Report of the Hyderabad Chloroform Commission
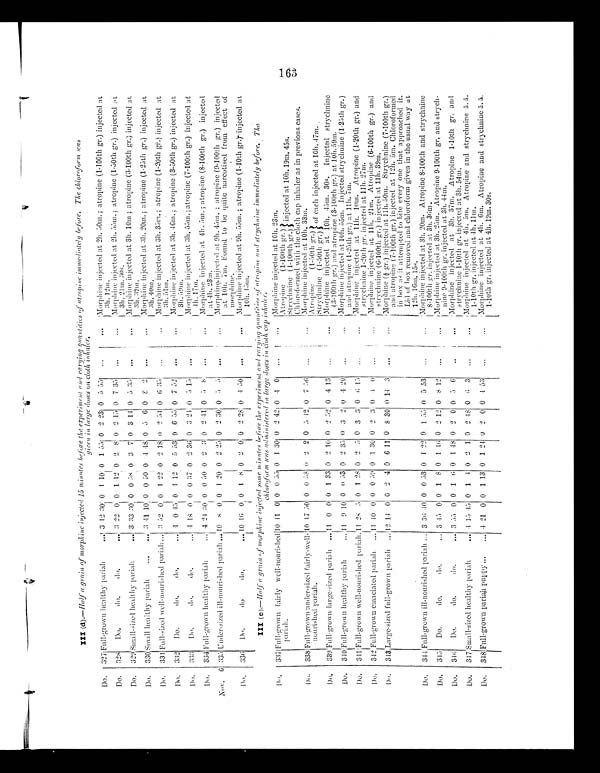
III (d).—Half a grain of morphine injected 15 minutes before the experiment and rarying quantities of atropine immediately before. The chloroform was
given in large doses on cloth inhaler.
Do.
327 Full-grown healthy pariah . . .
3 12 30 0 1 10 0 1 55 0 2 23 0 5 55
. . .
. . .
Morphine injected at 2h. 50m.; atropine (1-100th gr.) injected at
3h. 12m.
Do.
328
Do.
do.
do. . . .
3 22
0 0 1 12 0 2 8 0 2 15 0 7 35
. . .
. . .
Morphine injected at 2h. 55m.; atropine (1-50th gr.) injected at
3h. 2lm. 30s.
Do. 329 Small-sized healthy pariah . . .
3 33 30 0 0 58 0 3 7 0 3 14 0 5 35
. . .
. . .
Morphine injected at 3h. 10m ; atropine (3-100th gr.) injected at
3h. 32m.
Do.
330 small healthy pariah . . .
3 41 10 0 0 50 0 4 48 0 5 6 0 8
2
. . .
. . .
Morphine injected at 3h. 20m.; atropine (1-25th gr.) injected a
3h. 40m.
Do.
331 Full-sized well-nourished pariah . . .
3 52 0 0 1 22 0 2 18 0 2 54 0 6 35
. . . . . .
Morphine injected at 3h. 35m.; atropine (1-20th gr.) injected at
3h. 51m.
Do.
332
Do.
do.
do.
. . . 1 0 45 0 1 12 0 5 53 0 6 55 0 7 52
. . .
. . .
Morphine injected at 3h.46m. ; atropine (3-50th gr.) injected at
3h. 59m.
Do.
333
Do.
do.
do.
. . .
4 18 0 0 0 37 0 2 36 0 3 24 0 5 15
. . . . . .
Morphine injected at 3h. 55m.; atropine (7-100th gr.) injected at
4th. 17m.
Do.
334 Full-grown healthy pariah . . .
4 24 30 0 0 50 0 2 3 0 2 41 0 5 8
. . .
. . .
Morphine injected at 4h. 5m. ; atropine (8-100th gr.) injected
at 4h. 23m.
Nov. 6 335 Under-sized ill-nourished pariah . . . 10 8 0 0
1
20 0 2 25 0 2 30 0 5 5
. . .
. . .
Morphine injected at 9h. 45m. ; atropine (9-100th gr.) injected
at 10h. 7m. Found to be quite narcotised from effect of
morphine.
Do.
336
Do.
do. do. . . .
10 16 0 0 1 8 0 2 0 0 2 28 0 4 50
. . .
. . .
Morphine injected at 9h. 55m. ; atropine (1-10th gr.) injected at
10h. 15m.
III (e).—Half a grain of morphine injected some minutes before the experiment dnd rarying quantities of atropine dnd strychine immediatly before. The
c h l o r o f o r m w a s a d m i n i s t e r e d i n l a r g e d o s e s i n c l o t h c a p i n h a l e r .
Do.
337 Full-grown fairly well-nourished
pariah. . .
10 11 0 0 0 55 0 1 30 0 2 42 0 4
0
. . . . . .
Morphine injected at 10h. 23m.
Atropine (1-100th gr. )
Strychnine (1-100th gr.)
Chloroformed with the cloth
injected at 10h.19m. 45s.
cap inhaler as in previous cases.
Do.
338 Full-grown under-sized fairly-well-
nourished pariah. . .
10
17 50 0 0 58 0 2 2 0 5 42 0 7 56
. . .
. . .
Morphine injected at 10h. 33m.
Atropine (1-50th gr.)
'
Strychnine (1-50th gr.)
of each injected at 10h.47m.
Do.
339 Full-grown large-sized pariah . . .
11 0 0 0 1 33 0 2 10 0 2 52 0 4 13
. . .
. . .
Morphine injected at 10h. 45m. 30s. Injected strychnine
(3-100th gr.) and atropine (3-100th gr.) at 10h. 59m.
Do. 340
Full-grown healthy pariah . . .
11 9 10 0 0 53 0 2 35 0 3 2 0 4 20
. . . . . .
Morphine injected at 10h. 55m. Injected strychnine (1-25th gr.)
and atropine (1-25th gr.) at 11h. 7m.
Do. 341
Full-grown well-nourished pariah. . .
11 28 5 0 1 25 0 2 5 0 3 11 0 0 15
. . .
. . .
Morphine injected at 11h. 10m. Atropine (1-20th gr.) and
strychnine 1-20th gr. injected at 11h. 27m.
Do. 342 Full-grown emaciated paria
h . . .
11 10 0 0 0 59 0 1 30 0 2 3 0 1 0
. . .
Morphine injected at 11h. 21m. Atropine (6-100th gr.) and
strychnine (6-100th gr.) injected at 11h. 39m.
Do.
343 Large-sized full-grown pariah . . .
12 14 0 0 2 4 0 6 11 0 8 30 0 14 3
. . .
. . .
Morphine (½ gr.) injected at 11h. 50m. Strychnine (7-100th gr.)
and atropine (7-100th gr.) injected at 12h. 5m. Chloroformed
in box as it attempted to bite every one that approached it.
Lid of box removed and chloroform given in the usual way at
12h. 16m. 15s.
Do. 344 Full-grown ill-nourished pariah . . .
3 36 40 0 0 53 0 1 22 0 1 55 0 5 53
. . . . . .
Morphine injected at 3h. 20m. Atropine 8-100th and strychnine
8-100th gr. injected at 3h. 36m.
Do.
345
Do.
do.
do. . . .
3 45 0 0 1 8 0 1 46 0 2 12 0 8 12
. . . . . .
Morphine injected at 3h. 25m. Atropine 9-100th gr, and strych-
nine 9-100th gr. injected at 3h. 44m.
Do.
346
Do.
do.
do.
. . . 3 55
0 0 1 6 0 1 48 0 2 0 0 5 6
. . .
. . .
Morphine injected at 3h. 37m. Atropine 1-10th gr. and
strychnine 1-10th gr. injected at 3h.54m.
Do.
347 Small-sized healthy pariah . . .
4 15 45 0 1 4 0 2 1 0 2 48 0 6 3
. . . . . .
Morphine injected at 4h. 5m. Atropine and strychnine ā.ā .
1-10th gr. injected at 4h. 11m.
Do.
348 Full-grown pariah puppy . . .
4 21 0 0 1 13 0 1 24 0
2 0 0 4 53
. . .
. . .
Morphine injected at 4h. 6m. Atropine and strychnine ā.ā.
1-10th gr. injected at 4h. 19m. 30s.